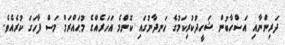
ދަރިންނާއި އަސްހާބުން ޝަހީދުކުރިކަމުގެ ހަނދާނުގައި ކޮންމެ އަހަރެއްގެ މުޙައްރަމް މަސް ފާހަގަ ކުރެއެވެ.